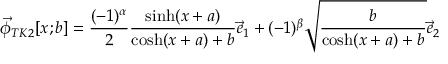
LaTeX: \vec { \phi } _ { T K 2 } [ x ; b ] = \frac { ( - 1 ) ^ { \alpha } } { 2 } \frac { \sinh ( x + a ) } { \cosh ( x + a ) + b } \vec { e } _ { 1 } + ( - 1 ) ^ { \beta } \sqrt { \frac { b } { \cosh ( x + a ) + b } } \vec { e } _ { 2 }